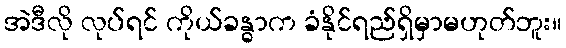
အဲဒီလို လုပ်ရင် ကိုယ်ခန္ဓာက ခံနိုင်ရည်ရှိမှာမဟုတ်ဘူး။